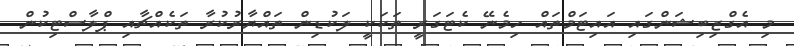
މި އެގްޒިބިޝަންގައި އައިޓަމްތައް ހިމެނޭ ކެޓަގަރީ ތަަކަކީ ލަކުޑިން ތައްޔާރުކުރާ ތަކެއްޗާއި ޕްލާސްޓިކުން